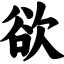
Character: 欲